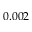
0 . 0 0 2